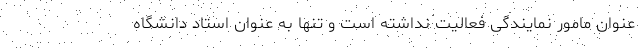
عنوان مامور نمایندگی فعالیت نداشته است و تنها به عنوان استاد دانشگاه